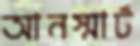
আনস্মার্ট